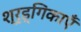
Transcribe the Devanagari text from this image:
श्रृड्गिकाएँ